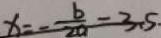
x = - \frac { b } { 2 a } - 3 . 5 \cdot